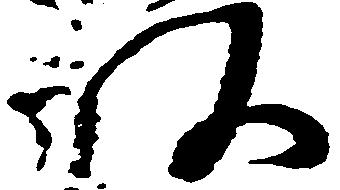
頭